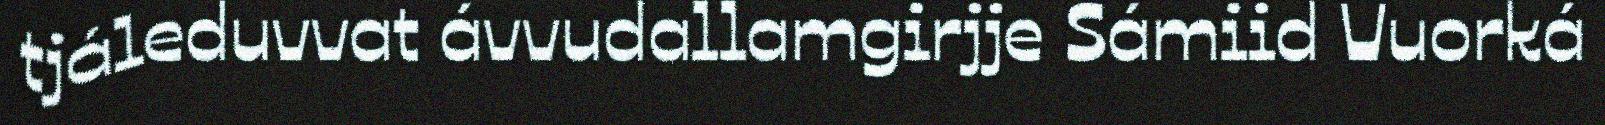
tjáleduvvat ávvudallamgirjje Sámiid Vuorká